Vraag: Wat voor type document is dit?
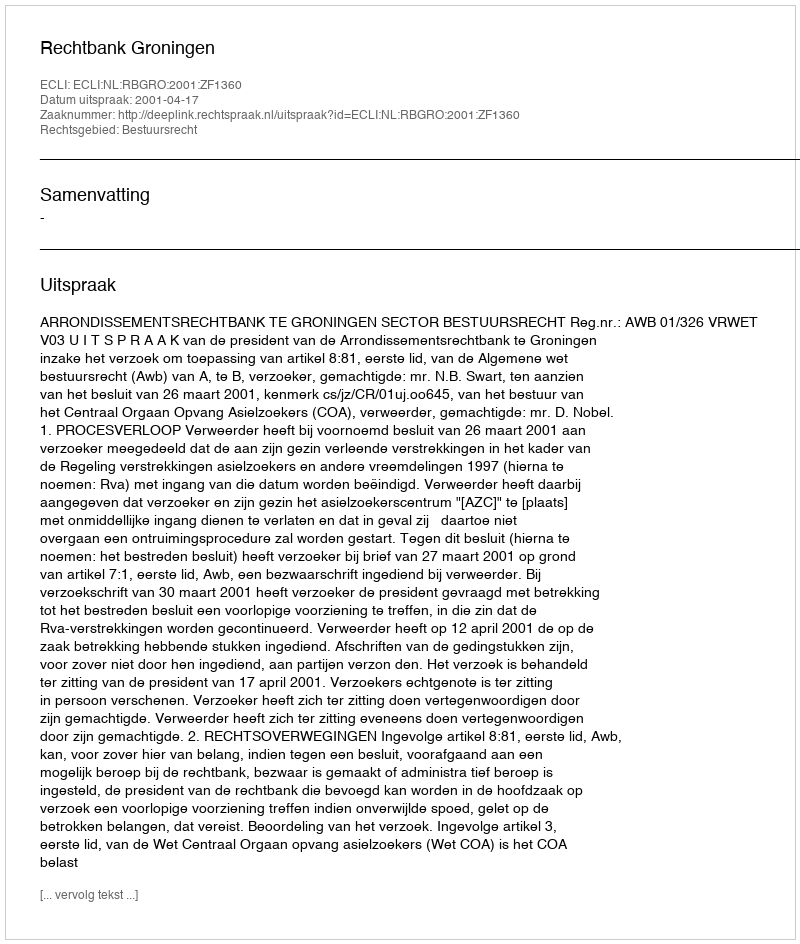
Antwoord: Uitspraak